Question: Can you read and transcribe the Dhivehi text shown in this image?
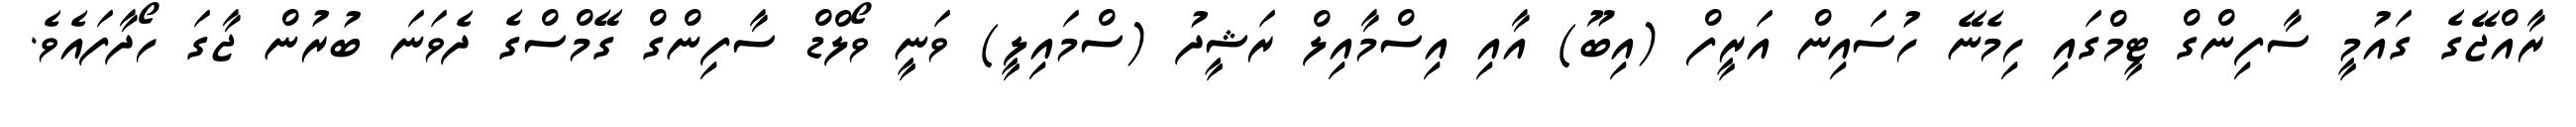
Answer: ރާއްޖޭގެ ގައުމީ ސާފިންގް ޓީމްގައި ހިމެނޭ ހުސައިން އަރީފް (އިބޫ) އާއި އިސްމާއިލް ރަޝީދު (ސްމައިލީ) ވަނީ ވޯލްޑް ސާފިންގް ގޭމްސްގެ ދެވަނަ ބުރުން ޖާގަ ހޯދާފައެވެ.